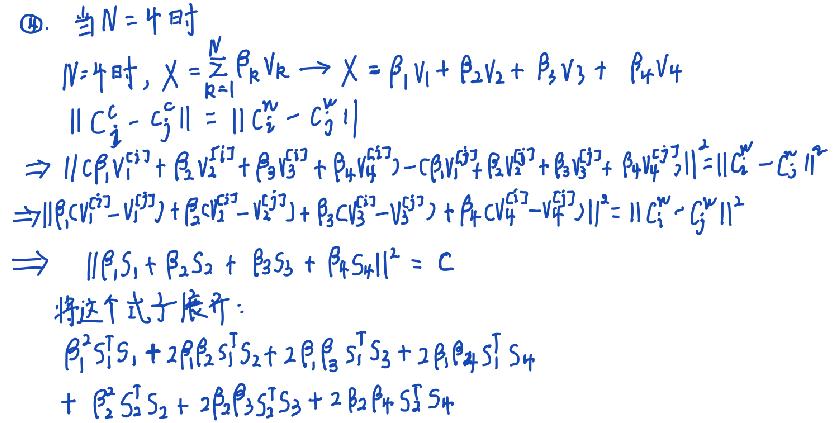
$\textcircled{4}$. 当 \(N = 4\) 时
\(N = 4\) 时，\(X=\sum_{k = 1}^{N}\beta_{k}V_{k}\to X=\beta_{1}V_{1}+\beta_{2}V_{2}+\beta_{3}V_{3}+\beta_{4}V_{4}\)
\(\left\lVert C_{i}^{w}-C_{j}^{w}\right\rVert=\left\lVert C_{i}^{w}-C_{j}^{w}\right\rVert\)
\(\to\left\lVert (\beta_{1}V_{1}^{c_{i}^{w}}+\beta_{2}V_{2}^{c_{i}^{w}}+\beta_{3}V_{3}^{c_{i}^{w}}+\beta_{4}V_{4}^{c_{i}^{w}})-(\beta_{1}V_{1}^{c_{j}^{w}}+\beta_{2}V_{2}^{c_{j}^{w}}+\beta_{3}V_{3}^{c_{j}^{w}}+\beta_{4}V_{4}^{c_{j}^{w}})\right\rVert=\left\lVert C_{i}^{w}-C_{j}^{w}\right\rVert^{2}\)
\(\to\left\lVert\beta_{1}(V_{1}^{c_{i}^{w}}-V_{1}^{c_{j}^{w}})+\beta_{2}(V_{2}^{c_{i}^{w}}-V_{2}^{c_{j}^{w}})+\beta_{3}(V_{3}^{c_{i}^{w}}-V_{3}^{c_{j}^{w}})+\beta_{4}(V_{4}^{c_{i}^{w}}-V_{4}^{c_{j}^{w}})\right\rVert^{2}=\left\lVert C_{i}^{w}-C_{j}^{w}\right\rVert^{2}\)
\(\to\left\lVert\beta_{1}S_{1}+\beta_{2}S_{2}+\beta_{3}S_{3}+\beta_{4}S_{4}\right\rVert^{2}=C\)
将这个式子展开：
\(\beta_{1}^{2}S_{1}^{T}S_{1}+2\beta_{1}\beta_{2}S_{1}^{T}S_{2}+2\beta_{1}\beta_{3}S_{1}^{T}S_{3}+2\beta_{1}\beta_{4}S_{1}^{T}S_{4}\)
\(+\beta_{2}^{2}S_{2}^{T}S_{2}+2\beta_{2}\beta_{3}S_{2}^{T}S_{3}+2\beta_{2}\beta_{4}S_{2}^{T}S_{4}\)